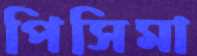
পিসিমা